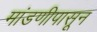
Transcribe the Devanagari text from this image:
मांडणीपासून